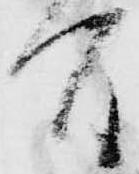
間